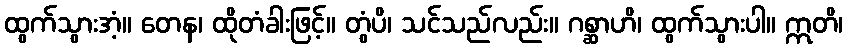
ထွက်သွားအံ့။ တေန၊ ထိုတံခါးဖြင့်။ တွံပိ၊ သင်သည်လည်း။ ဂစ္ဆာဟိ၊ ထွက်သွားပါ။ ဣတိ၊